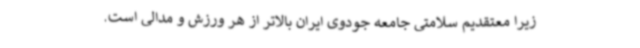
زیرا معتقدیم سلامتی جامعه جودوی ایران بالاتر از هر ورزش و مدالی است.